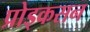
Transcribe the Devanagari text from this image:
प्रोड्कसन